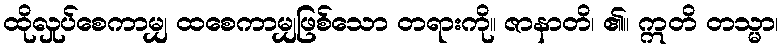
ထိုလှုပ်စေကာမျှ ထစေကာမျှဖြစ်သော တရားကို။ ဇာနာတိ၊ ၏။ ဣတိ တသ္မာ၊